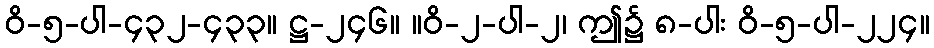
ဝိ-၅-ပါ-၄၃၂-၄၃၃။ ဋ္ဌ-၂၄၆။ ။ဝိ-၂-ပါ-၂၊ ဤ၌ ၈-ပါး ဝိ-၅-ပါ-၂၂၄။